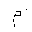
Letter: _mim